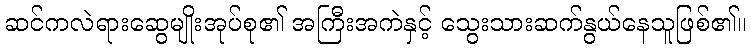
ဆင်ကလဲရားဆွေမျိုးအုပ်စု၏ အကြီးအကဲနှင့် သွေးသားဆက်နွယ်နေသူဖြစ်၏။